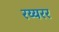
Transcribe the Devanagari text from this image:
रय्यरर